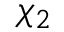
\chi _ { 2 }